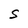
Character: S